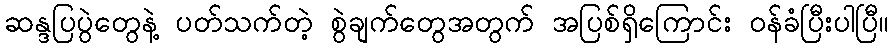
ဆန္ဒပြပွဲတွေနဲ့ ပတ်သက်တဲ့ စွဲချက်တွေအတွက် အပြစ်ရှိကြောင်း ဝန်ခံပြီးပါပြီ။